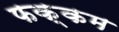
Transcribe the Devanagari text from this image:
फक्कम